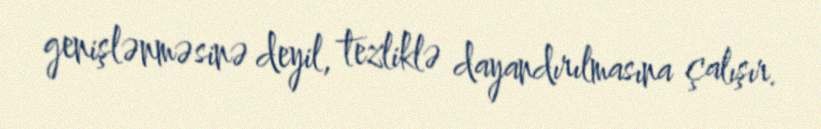
genişlənməsinə deyil, tezliklə dayandırılmasına çalışır.